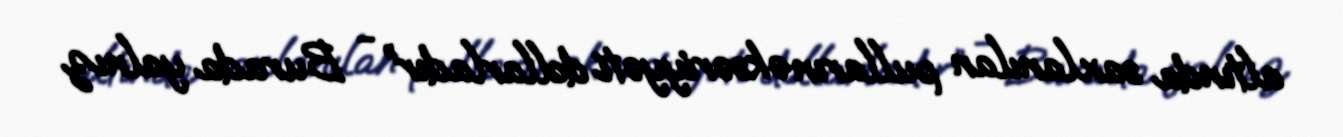
altında saxlanılan pulların əksəriyyəti dollarladır” - Burada yalnız